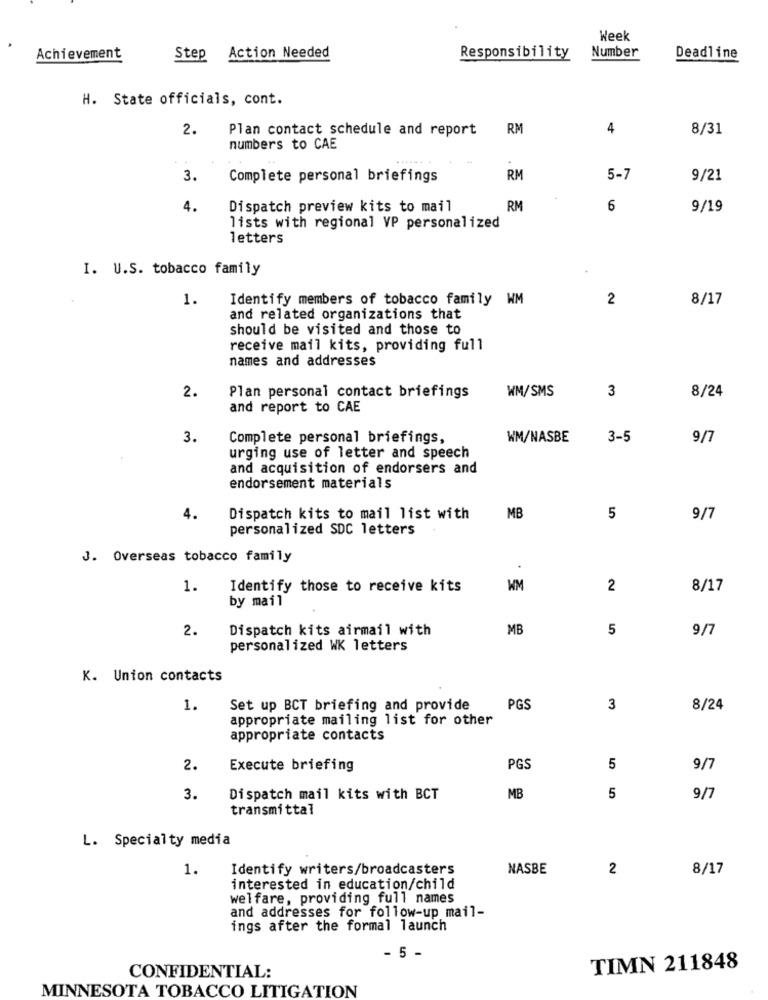
Week
Number
Achievement
Step Action Needed
Responsibility
Deadline
H. State officials, cont.
2.
Plan contact schedule and report
RM
4
8/31
numbers to CAE
3.
Complete personal briefings
RM
5-7
9/21
4.
Dispatch preview kits to mail
RM
6
9/19
lists with regional VP personalized
letters
I. U.S. tobacco family
1.
Identify members of tobacco family WM
2
8/17
and related organizations that
should be visited and those to
receive mail kits, providing full
names and addresses
2.
WM/SMS
3
Plan personal contact briefings
8/24
and report to CAE
3.
Complete personal briefings,
WM/NASBE
3-5
9/7
urging use of letter and speech
and acquisition of endorsers and
endorsement materials
4.
Dispatch kits to mail list with
MB
5
9/7
personalized SDC letters
J. Overseas tobacco family
1.
Identify those to receive kits
WM
2
8/17
by mail
2.
Dispatch kits airmail with
MB
5
9/7
personalized WK letters
K. Union contacts
1.
Set up BCT briefing and provide
PGS
3
8/24
appropriate mailing list for other
appropriate contacts
2.
Execute briefing
PGS
5
9/7
3.
Dispatch mail kits with BCT
MB
5
9/7
transmittal
L. Specialty media
1.
Identify writers/broadcasters
NASBE
2
8/17
interested in education/child
welfare, providing full names
and addresses for follow-up mail-
ings after the formal launch
- 5 -
TIMN 211848
CONFIDENTIAL:
MINNESOTA TOBACCO LITIGATION